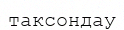
таксондау